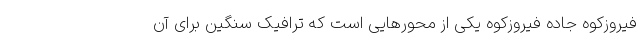
فیروزکوه جاده فیروزکوه یکی از محور‌هایی است که ترافیک سنگین برای آن